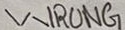
Text: WRONG